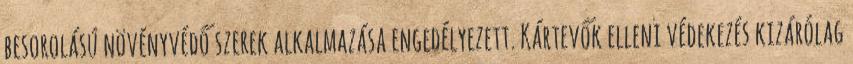
besorolású növényvédő szerek alkalmazása engedélyezett. Kártevők elleni védekezés kizárólag